Juri_Uluots, lk 5
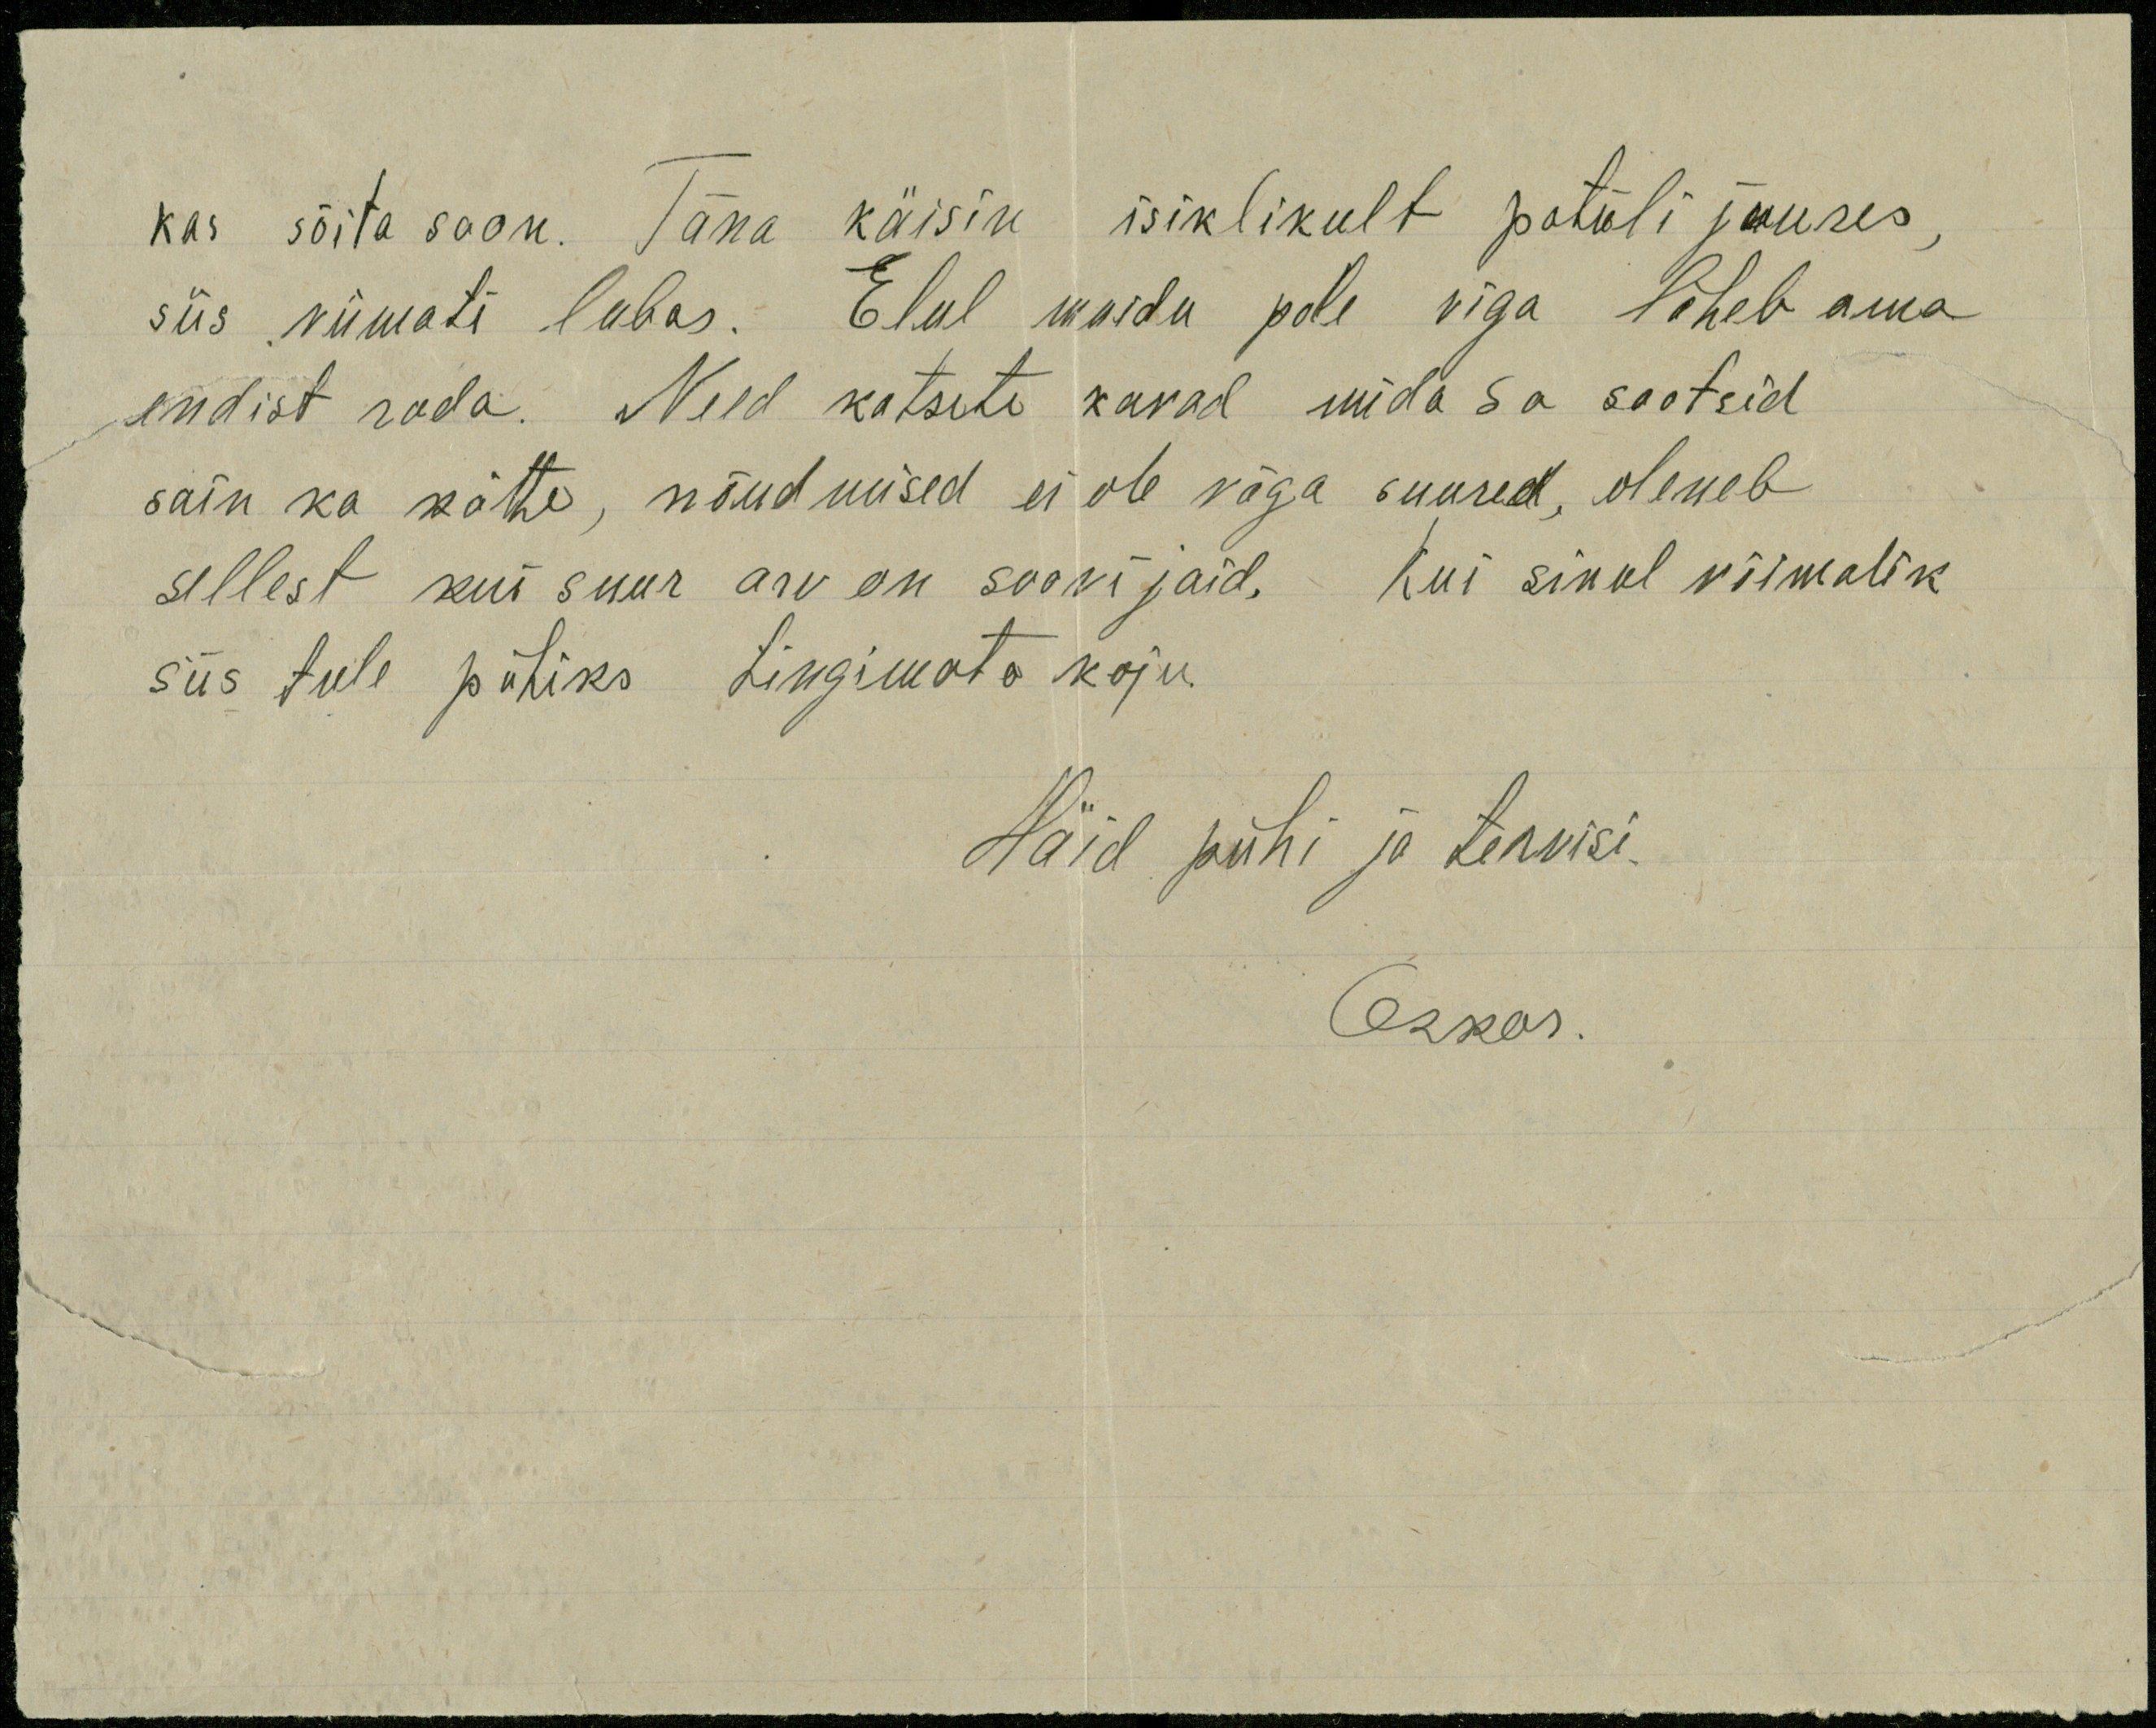
kas sõita saan. Täna käisin isiklikult patüli juures,
siis viimati lubas. Elul muidu pole viga läheb oma 
endist rada. Need katsete kavad mida Sa saatsid
sain ka kätte, nõudmised ei ole väga suured, oleneb
sellest kui suur arv on soovijaid. Kui sinul võimalik
siis tule pühiks tingimata koju.
Häid pühi ja tervisi.
Oskar.